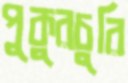
পুকুরচুরি